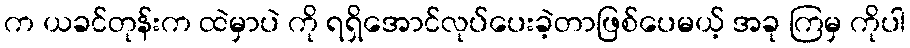
က ယခင်တုန်းက ထဲမှာပဲ ကို ရရှိအောင်လုပ်ပေးခဲ့တာဖြစ်ပေမယ့် အခု ကြမှ ကိုပါ